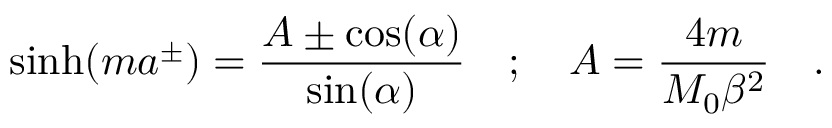
\sinh ( m a ^ { \pm } ) = \frac { A \pm \cos ( \alpha ) } { \sin ( \alpha ) } \quad ; \quad A = \frac { 4 m } { M _ { 0 } \beta ^ { 2 } } \quad .